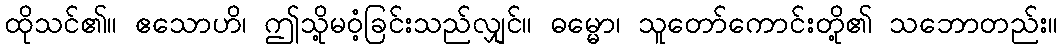
ထိုသင်၏။ ဧသောဟိ၊ ဤသို့မဝံ့ခြင်းသည်လျှင်။ ဓမ္မော၊ သူတော်ကောင်းတို့၏ သဘောတည်း။